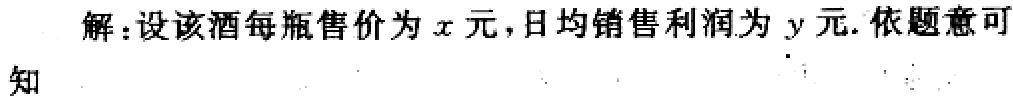
解：设该酒每瓶售价为\(x\)元，日均销售利润为\(y\)元. 依题意可知